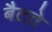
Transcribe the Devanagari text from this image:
बैटते